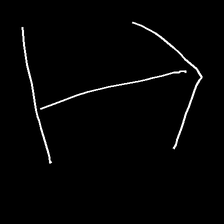
Glyph: levitation